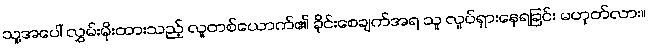
သူ့အပေါ် လွှမ်းမိုးထားသည့် လူတစ်ယောက်၏ ခိုင်းစေချက်အရ သူ လှုပ်ရှားနေရခြင်း မဟုတ်လား။